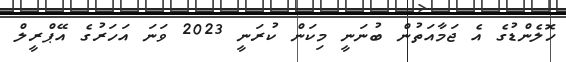
ހޮލެންޑުގެ އެ ޖަމާއަތުން ބުނަނީ މިކަން ކުރަނީ 2023 ވަނަ އަހަރުގެ އޭޕްރީލް